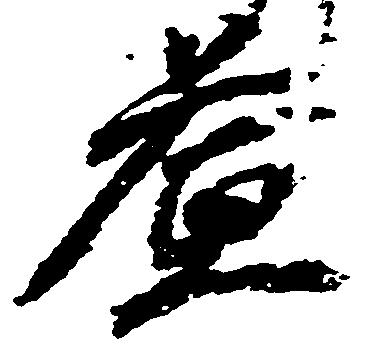
益